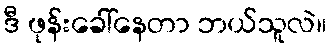
ဒီ ဖုန်းခေါ်နေတာ ဘယ်သူလဲ။